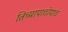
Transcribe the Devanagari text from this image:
तिच्यापाठोपाठ